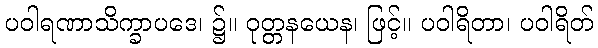
ပဝါရဏာသိက္ခာပဒေ၊ ၌။ ဝုတ္တနယေန၊ ဖြင့်။ ပဝါရိတာ၊ ပဝါရိတ်